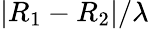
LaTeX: |R_{1}-R_{2}|/\lambda